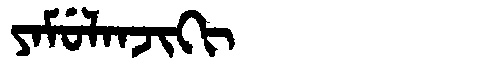
Manchu: ᠶᠠᠮᡠᠯᠠᠨᠵᡳᡴᡳ
Romanization: YAMULANJIKI